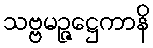
သဗ္ဗမဉ္ဇေဋ္ဌကာနိ